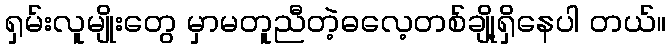
ရှမ်းလူမျိုးတွေ မှာမတူညီတဲ့ဓလေ့တစ်ချို့ရှိနေပါ တယ်။